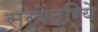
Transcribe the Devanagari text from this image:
सर्वेंद्रिये